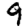
Digit: 9